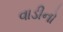
વાડીનો